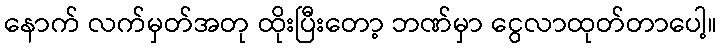
နောက် လက်မှတ်အတု ထိုးပြီးတော့ ဘဏ်မှာ ငွေလာထုတ်တာပေါ့။